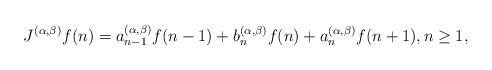
LaTeX: \begin{align*}J^{(\alpha,\beta)}f(n)=a_{n-1}^{(\alpha,\beta)}f(n-1)+b_n^{(\alpha,\beta)}f(n)+ a_{n}^{(\alpha,\beta)}f(n+1), n\ge 1,\end{align*}